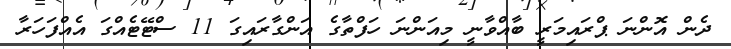
ދެން އޮންނަ ޕްރައިމަރީ ބާއްވާނީ މިއަންނަ ހަފްތާގެ އަންގާރައިގަ 11 ސްޓޭޓެއްގަ އެއްފަހަރާ